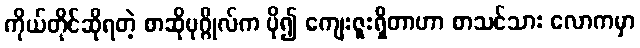
ကိုယ်တိုင်ဆိုရတဲ့ စာဆိုပုဂ္ဂိုလ်က ပို၍ ကျေးဇူးရှိတာဟာ စာသင်သား လောကမှာ